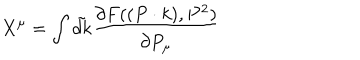
X ^ { \mu } = \int \tilde { d k } \frac { \partial F ( ( P \cdot k ) , P ^ { 2 } ) } { \partial P _ { \mu } }